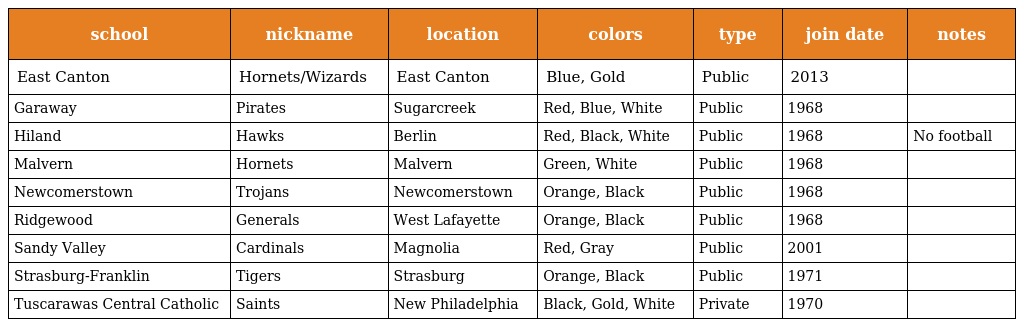
| school | nickname | location | colors | type | join date | notes |
 | --- | --- | --- | --- | --- | --- | --- |
 | East Canton | Hornets/Wizards | East Canton | Blue, Gold | Public | 2013 |  |
 | Garaway | Pirates | Sugarcreek | Red, Blue, White | Public | 1968 |  |
 | Hiland | Hawks | Berlin | Red, Black, White | Public | 1968 | No football |
 | Malvern | Hornets | Malvern | Green, White | Public | 1968 |  |
 | Newcomerstown | Trojans | Newcomerstown | Orange, Black | Public | 1968 |  |
 | Ridgewood | Generals | West Lafayette | Orange, Black | Public | 1968 |  |
 | Sandy Valley | Cardinals | Magnolia | Red, Gray | Public | 2001 |  |
 | Strasburg-Franklin | Tigers | Strasburg | Orange, Black | Public | 1971 |  |
 | Tuscarawas Central Catholic | Saints | New Philadelphia | Black, Gold, White | Private | 1970 |  |